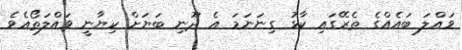
ވައްލަ ބައެއްގެ ތެރޭގައި ކާޅު ގިނަނަމަ އެ ދޫނި ބަޔަށް ކިޔާނީ ވައްލަތޯއެވެ